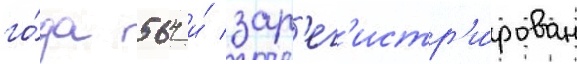
го́да 564 и́ зар'ег'истр'и́рован